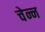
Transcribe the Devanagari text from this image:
चेन्न